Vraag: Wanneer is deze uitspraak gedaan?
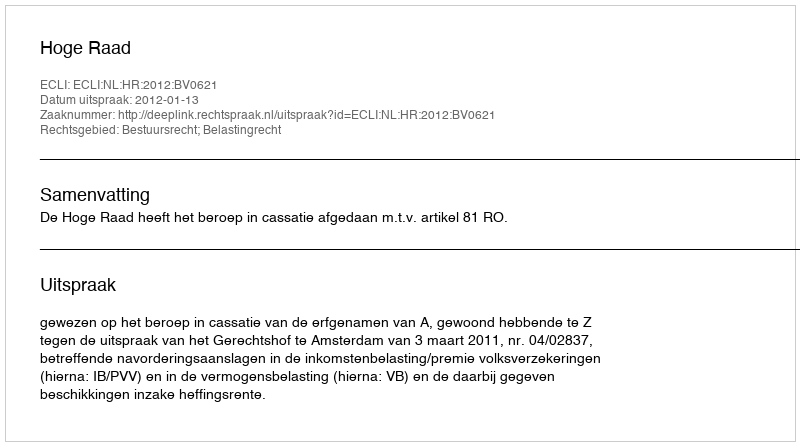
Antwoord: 2012-01-13